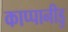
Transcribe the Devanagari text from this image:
काप्पानीडु